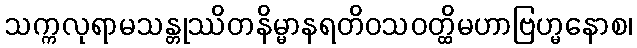
သက္ကလုရာမသန္တုဿိတနိမ္မာနရတိဝသဝတ္ထိမဟာဗြဟ္မနောစ၊